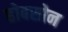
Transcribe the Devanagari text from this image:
होबसोन